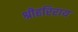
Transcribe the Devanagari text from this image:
श्रीहरिराय